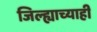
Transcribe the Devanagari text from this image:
जिल्ह्याच्याही